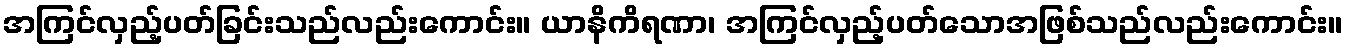
အကြင်လှည့်ပတ်ခြင်းသည်လည်းကောင်း။ ယာနိကိရဏာ၊ အကြင်လှည့်ပတ်သောအဖြစ်သည်လည်းကောင်း။